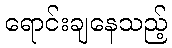
ရောင်းချနေသည့်